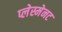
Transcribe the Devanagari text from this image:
प्लेस्मेनट